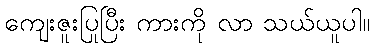
ကျေးဇူးပြုပြီး ကားကို လာ သယ်ယူပါ။